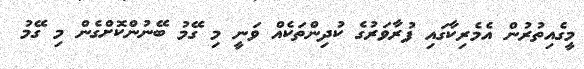
މީގެއިތުރުން އެމެރިކާގައި ފުރާވަރުގެ ކުދިންތަކެއް ވަނީ މި ގޭމު ބޭނުންކޮށްގެން މި ގޭމު